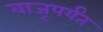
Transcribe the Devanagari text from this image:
बाजूपर्यंत